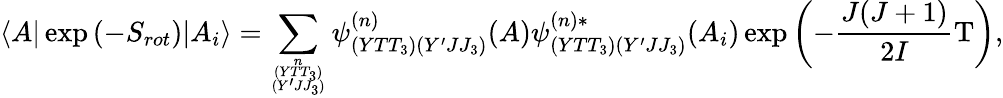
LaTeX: \langle A|\exp{(-S_{rot})}|A_{i}\rangle=\sum_{{n\atop(YTT_{3})}\atop(Y^{\prime}JJ_{3})}\psi_{(YTT_{3})(Y^{\prime}JJ_{3})}^{(n)}(A)\psi_{(YTT_{3})(Y^{\prime}JJ_{3})}^{(n)*}(A_{i})\exp{\left(-\frac{J(J+1)}{2I}\mathrm{T}\right)},